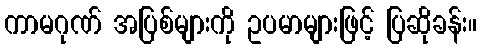
ကာမဂုဏ် အပြစ်များကို ဥပမာများဖြင့် ပြဆိုခန်း။